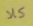
كلا